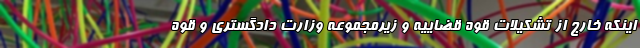
اینکه خارج از تشکیلات قوه قضاییه و زیرمجموعه وزارت دادگستری و قوه